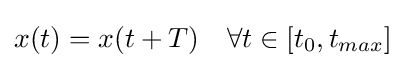
x(t)=x(t+T)\quad \forall t\in [t_{0},t_{max}]